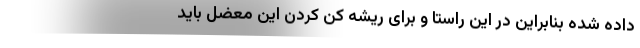
داده شده بنابراین در این راستا و برای ریشه کن کردن این معضل باید